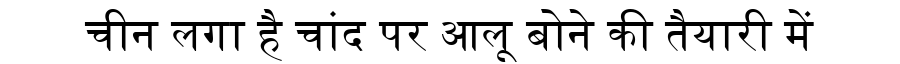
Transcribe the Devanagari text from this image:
चीन लगा है चांद पर आलू बोने की तैयारी में